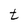
Character: t